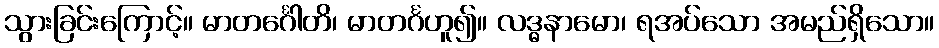
သွားခြင်းကြောင့်။ မာတင်္ဂေါတိ၊ မာတင်္ဂဟူ၍။ လဒ္ဓနာမော၊ ရအပ်သော အမည်ရှိသော။